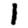
Digit: 1